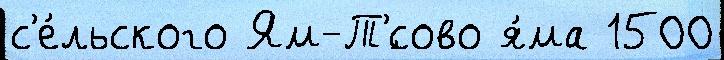
с'е́льского Ям-Т'́сово я́ма 1500